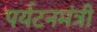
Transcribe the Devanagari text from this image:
पर्यटनमंत्री